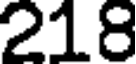
218